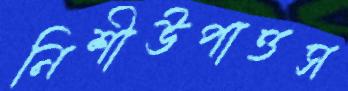
নিশীউপাত্তস